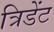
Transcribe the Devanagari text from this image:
त्रिडेंट